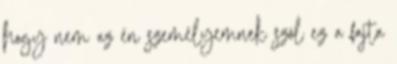
hogy nem az én személyemnek szól ez a fajta